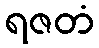
ရဇတံ